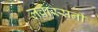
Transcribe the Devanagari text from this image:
लवास्सनी